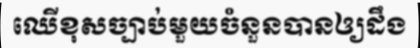
ឈើខុសច្បាប់មួយចំនួនបានឲ្យដឹង